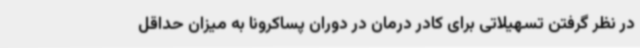
در نظر گرفتن تسهیلاتی برای کادر درمان در دوران پساکرونا به میزان حداقل